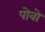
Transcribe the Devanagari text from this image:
पोवो